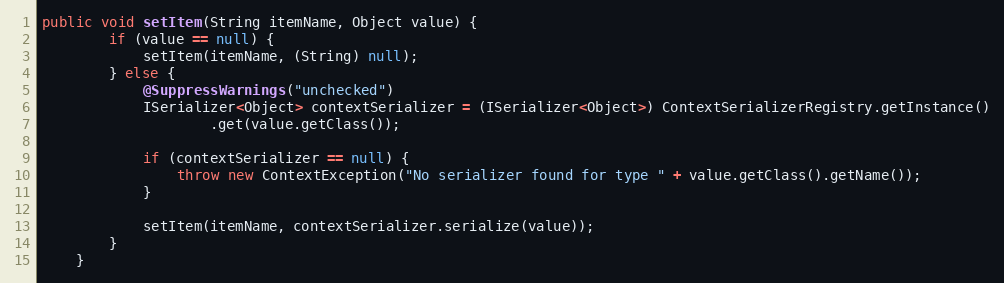
Language: Java
public void setItem(String itemName, Object value) {
        if (value == null) {
            setItem(itemName, (String) null);
        } else {
            @SuppressWarnings("unchecked")
            ISerializer<Object> contextSerializer = (ISerializer<Object>) ContextSerializerRegistry.getInstance()
                    .get(value.getClass());

            if (contextSerializer == null) {
                throw new ContextException("No serializer found for type " + value.getClass().getName());
            }

            setItem(itemName, contextSerializer.serialize(value));
        }
    }